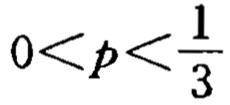
\(0<p<\frac{1}{3}\)